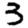
Digit: 3